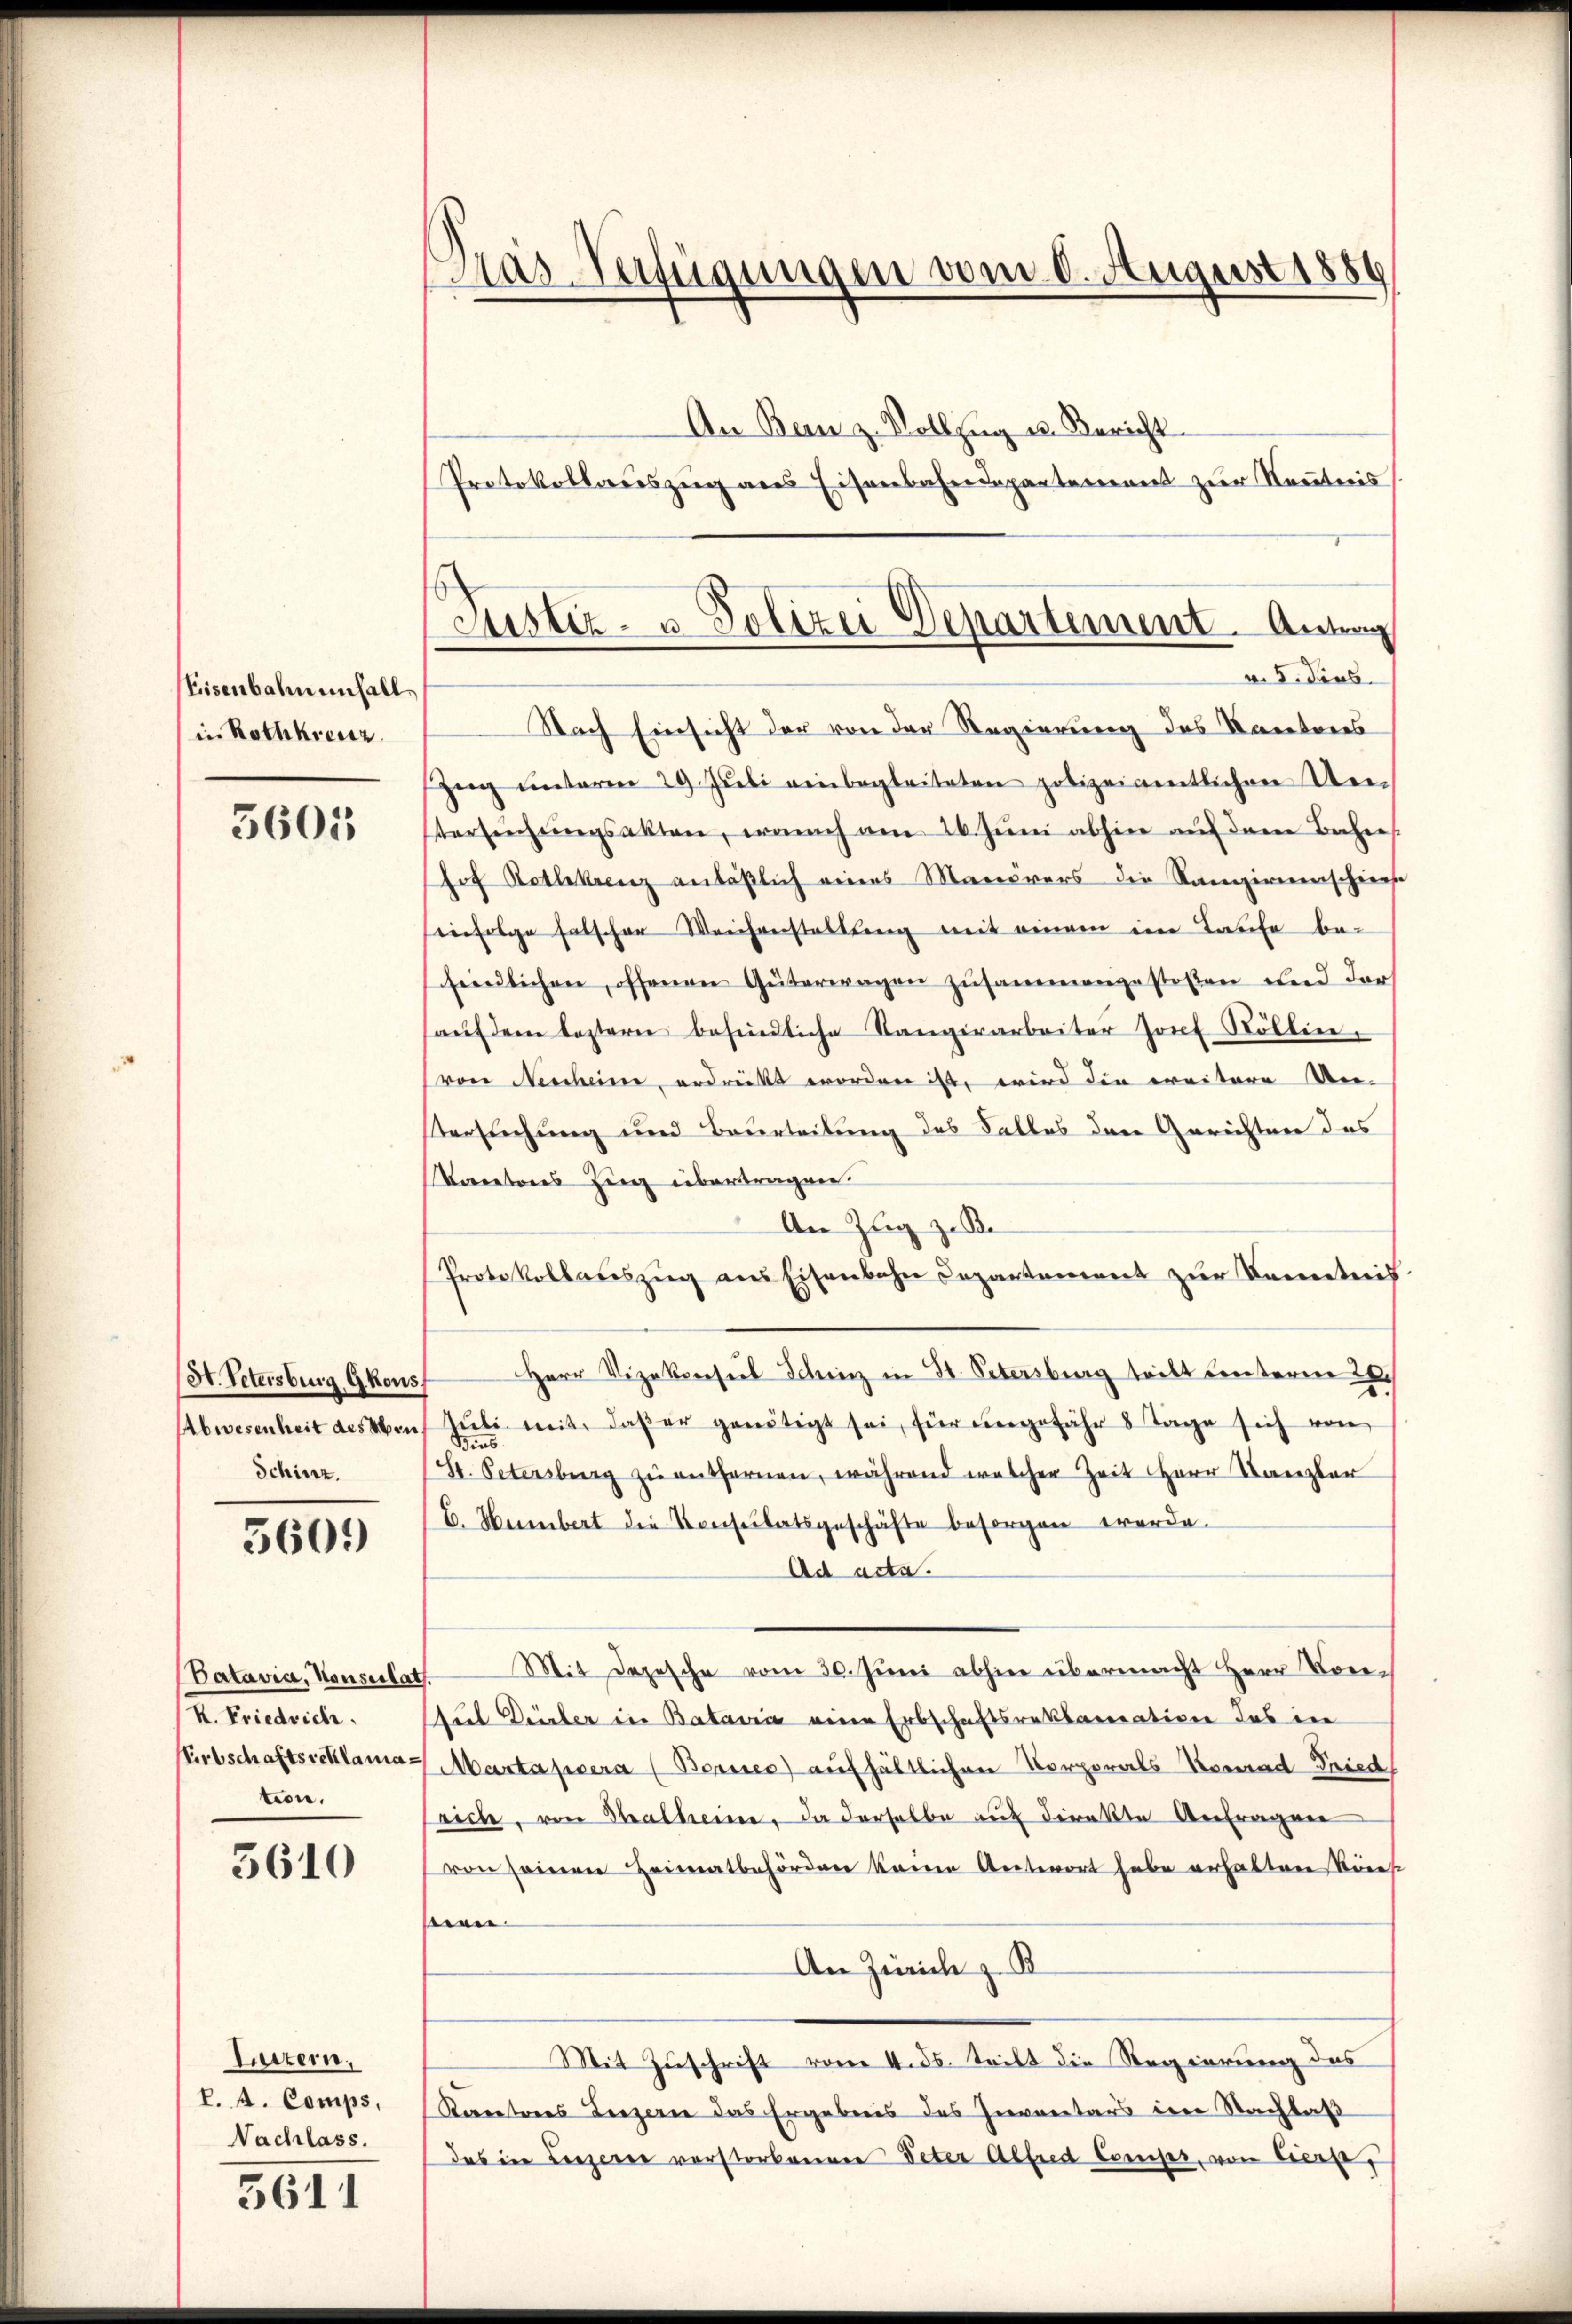
Eisenbahn enfall
in Rothkreuz

5601

H. Petersburg Gkous,
Abwesenheit des Men
Schinz.

3601)

Datavia, Konsulat
K. Friedrich.
Erbschaftsreklamation.

3610

Luttern,
P. A. Comps,
Nachlass.

5611

Gras-Verfügungen vom 6. August 1886

Justiz- u. Polizei Departement. Antrag

An Bern z. Vollzug u. Bericht
Protokollauszug aus Eisenbahndepartement zur Kenntnis
v. 5. dies
Nach Einsicht der von der Regierung des Kantores
züg unterm 29. Jŭli einbegleiteten polizeigentlichen Uestersŭchŭngsakten, wonach am 26. Jŭni abhin auf dem Bahn-
hof Rothkrenz anläßlich eines Manovers die Rangirenscheins
infolge falscher Weichenstaltung mit einem ein Taufe be-
feidlichen, offenen Güterwagen zusammengestosten und dar
haŭf dem leztern befindliche Sangerarbeiter sont Stöllen,
von Neuheime erdrückt worden ist, wird die weitere Un-
stersuchung und Beurteilung des Falles den Gerichten des
Kantons Zug übertragen
An Zug z. B.
Protokollaŭszŭg aŭs Eisenbahn Departement zŭr Kenntnis
Herr Vizekverseil Schinz in St. Petersburg teilt Leuterne
Jŭli mit daβ er genötigt sei, für ungefähr 8 Tage sich von
Bies
St. Petersburg zŭ entfernen, während welcher Zeit Herr Kanzler
E. Humbert die Konsulatsgeschäfte besorgen werde.
Ad acta.
7 Mit Depesche vom 30. Jŭni abhin übermacht Herr Vor-
shut Dürler in Batarii eine Erbschaftsreklamation des in
Martassera (Bernes) aufhältlichen Korporats Konrad Fried
srich, von Thalheine, da derselbe auf direkte Antragen
von seinen Heimatbehörden kann Antwort habe erhaltene Reces
seien.
An Zürich z. B
Mit Zuschrift vom 4. ds. teilt die Regierung des
Stareteres Leezern das Ergebnis des Inventars eine Nachlaß
das in Leezerer vorstorbenen Peter Alfred Comiser, von Eiers,